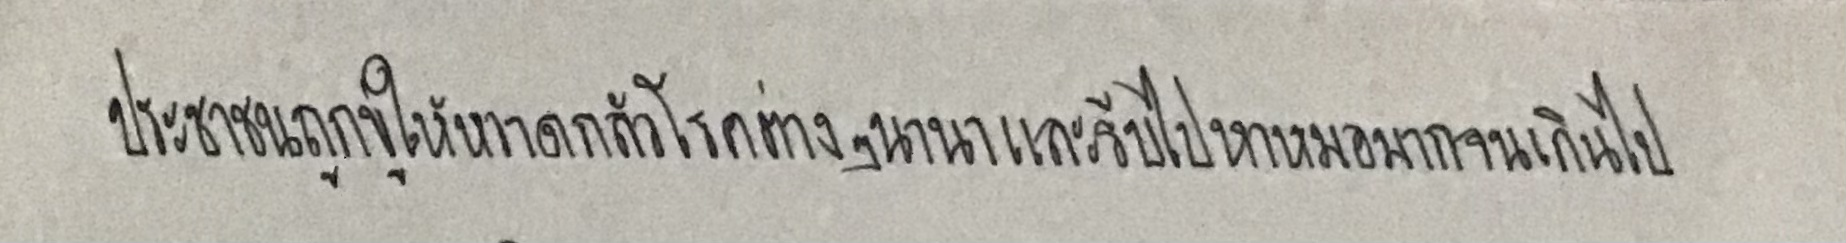
ประชาชนถูกขู่ให้หวาดกลัวโรคต่างๆนานาและรีบไปหาหมอมากจนเกินไป